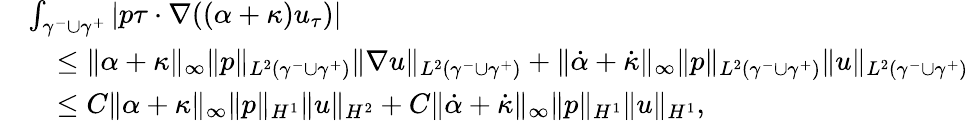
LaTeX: \begin{array}{rl}&{\int_{\gamma^{-}\cup\gamma^{+}}\left|p\tau\cdot\nabla((\alpha+\kappa)u_{\tau})\right|}\\ &{\quad\leq\| \alpha+\kappa\| _{\infty}\| p\| _{L^{2}(\gamma^{-}\cup\gamma^{+})}\| \nabla u\| _{L^{2}(\gamma^{-}\cup\gamma^{+})}+\| \dot{\alpha}+\dot{\kappa}\| _{\infty}\| p\| _{L^{2}(\gamma^{-}\cup\gamma^{+})}\| u\| _{L^{2}(\gamma^{-}\cup\gamma^{+})}}\\ &{\quad\leq C\| \alpha+\kappa\| _{\infty}\| p\| _{H^{1}}\| u\| _{H^{2}}+C\| \dot{\alpha}+\dot{\kappa}\| _{\infty}\| p\| _{H^{1}}\| u\| _{H^{1}},}\end{array}